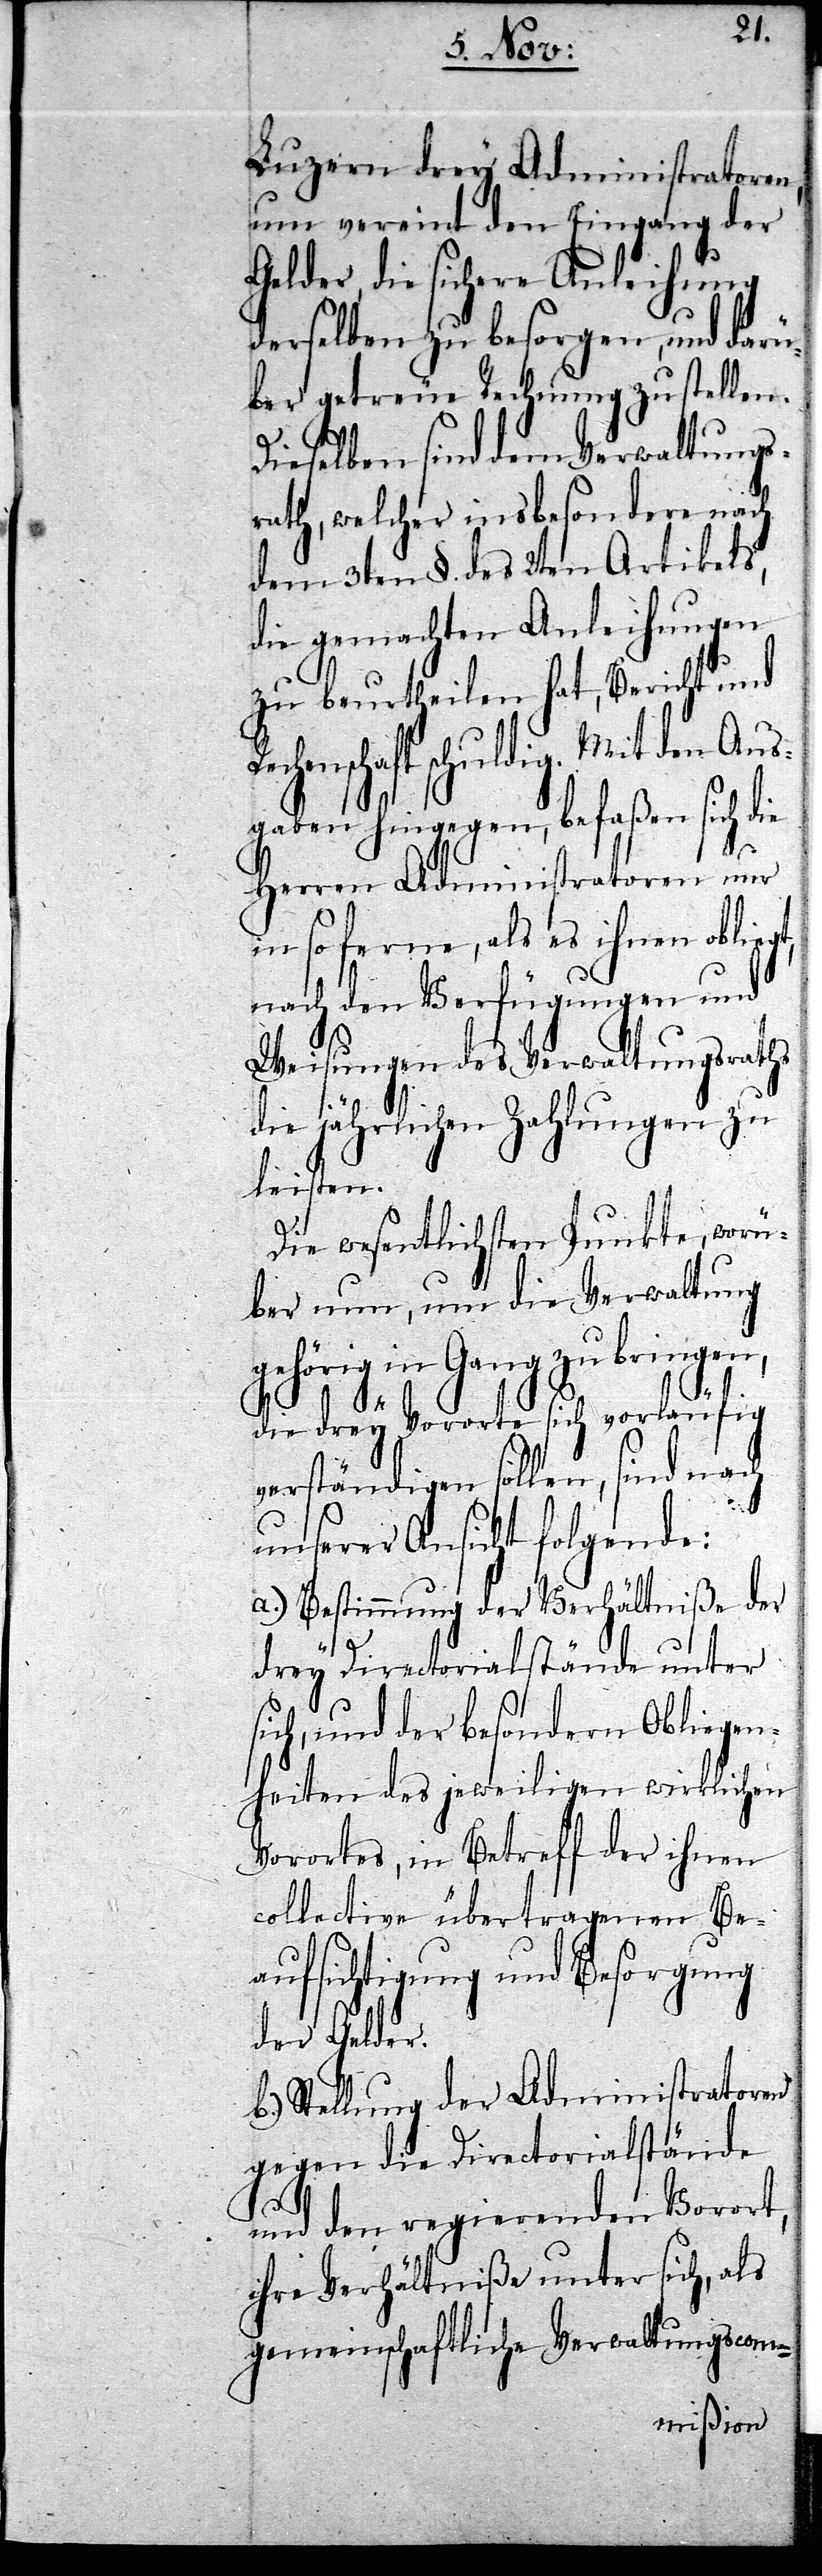
Luzern drey Administratoren,
um vereint den Eingang der
Gelder, die sichere Anleihung
derselben zu besorgen, und darü¬
ber getreue Rechnung zu stellen.
Dieselben sind dem Verwaltungs¬
rath, welcher insbesondere nach
dem 3ten §. des 2ten Artikels,
die gemachten Anleihungen
zu beurtheilen hat, Bericht und
echenschaft schuldig. Mit den Aus¬
gaben hingegen, befaßen sich d¬
Herren Administratoren nur
in so ferne, als es ihnen oblie¬
nach den Verfügungen und
Weisungen des Verwaltungsrathes
die jährliche Zahlungen zu
leisten.
Die wesentlichsten Punkte, worü¬
ber nun, um die Verwaltung
gehörig in Gang zu bringen,
ie
die drey Vororte sich vorläufig
verständigen sollen, sind nach
unserer Ansicht folgende:
a.) Bestimmung der Verhältniße der
drey Directorialstände unter
sich, und der besondern Obliegen¬
heiten des jeweiligen wirklichen
Vorortes, in Betreff der ihnen
collective übertragenen Be¬
aufsichtigung und Besorgung
der Gelder.
b.) Stellung der Administratoren
gegen die Directorialstände
gt,
und den regierenden Vorort,
ihre Verhältniße unter sich, als
gemeinschaftliche Verwaltungscom-